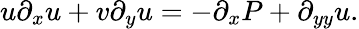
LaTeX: u\partial_{x}u+v\partial_{y}u=-\partial_{x}P+\partial_{yy}u.